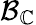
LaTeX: {\mathcal{B}}_{\mathbb{C}}